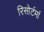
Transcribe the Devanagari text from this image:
रिसोर्टमां